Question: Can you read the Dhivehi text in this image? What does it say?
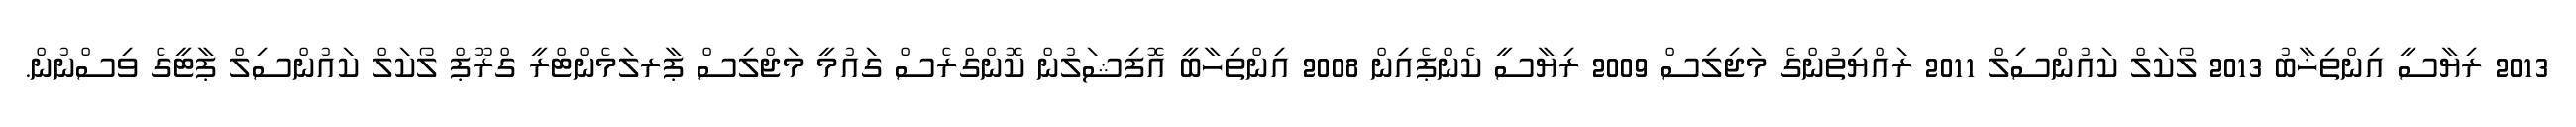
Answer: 2013 ރިޔާސީ އިންތިޚާބު 2013 ލޯކަލް ކައުންސިލް 2011 ރައްޔިތުންގެ މަޖިލިސް 2009 ރިޔާސީ ކެންޕެއިން 2008 އިންތިހާބީ އޮފިޝަލުން ކޮންގްރެސް ގައުމީ މަޖްލިސް ޕާރލަމެންޓްރީ ގްރޫޕް ލޯކަލް ކައުންސިލް ޕާޓީގެ ވިސްނުން.